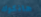
هانكوك